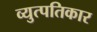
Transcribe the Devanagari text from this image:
व्युत्पतिकार